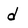
Character: d